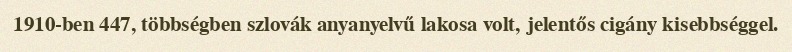
1910-ben 447, többségben szlovák anyanyelvű lakosa volt, jelentős cigány kisebbséggel.